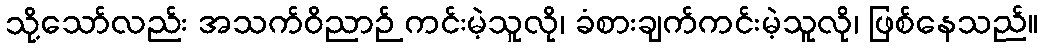
သို့သော်လည်း အသက်ဝိညာဉ် ကင်းမဲ့သူလို၊ ခံစားချက်ကင်းမဲ့သူလို၊ ဖြစ်နေသည်။